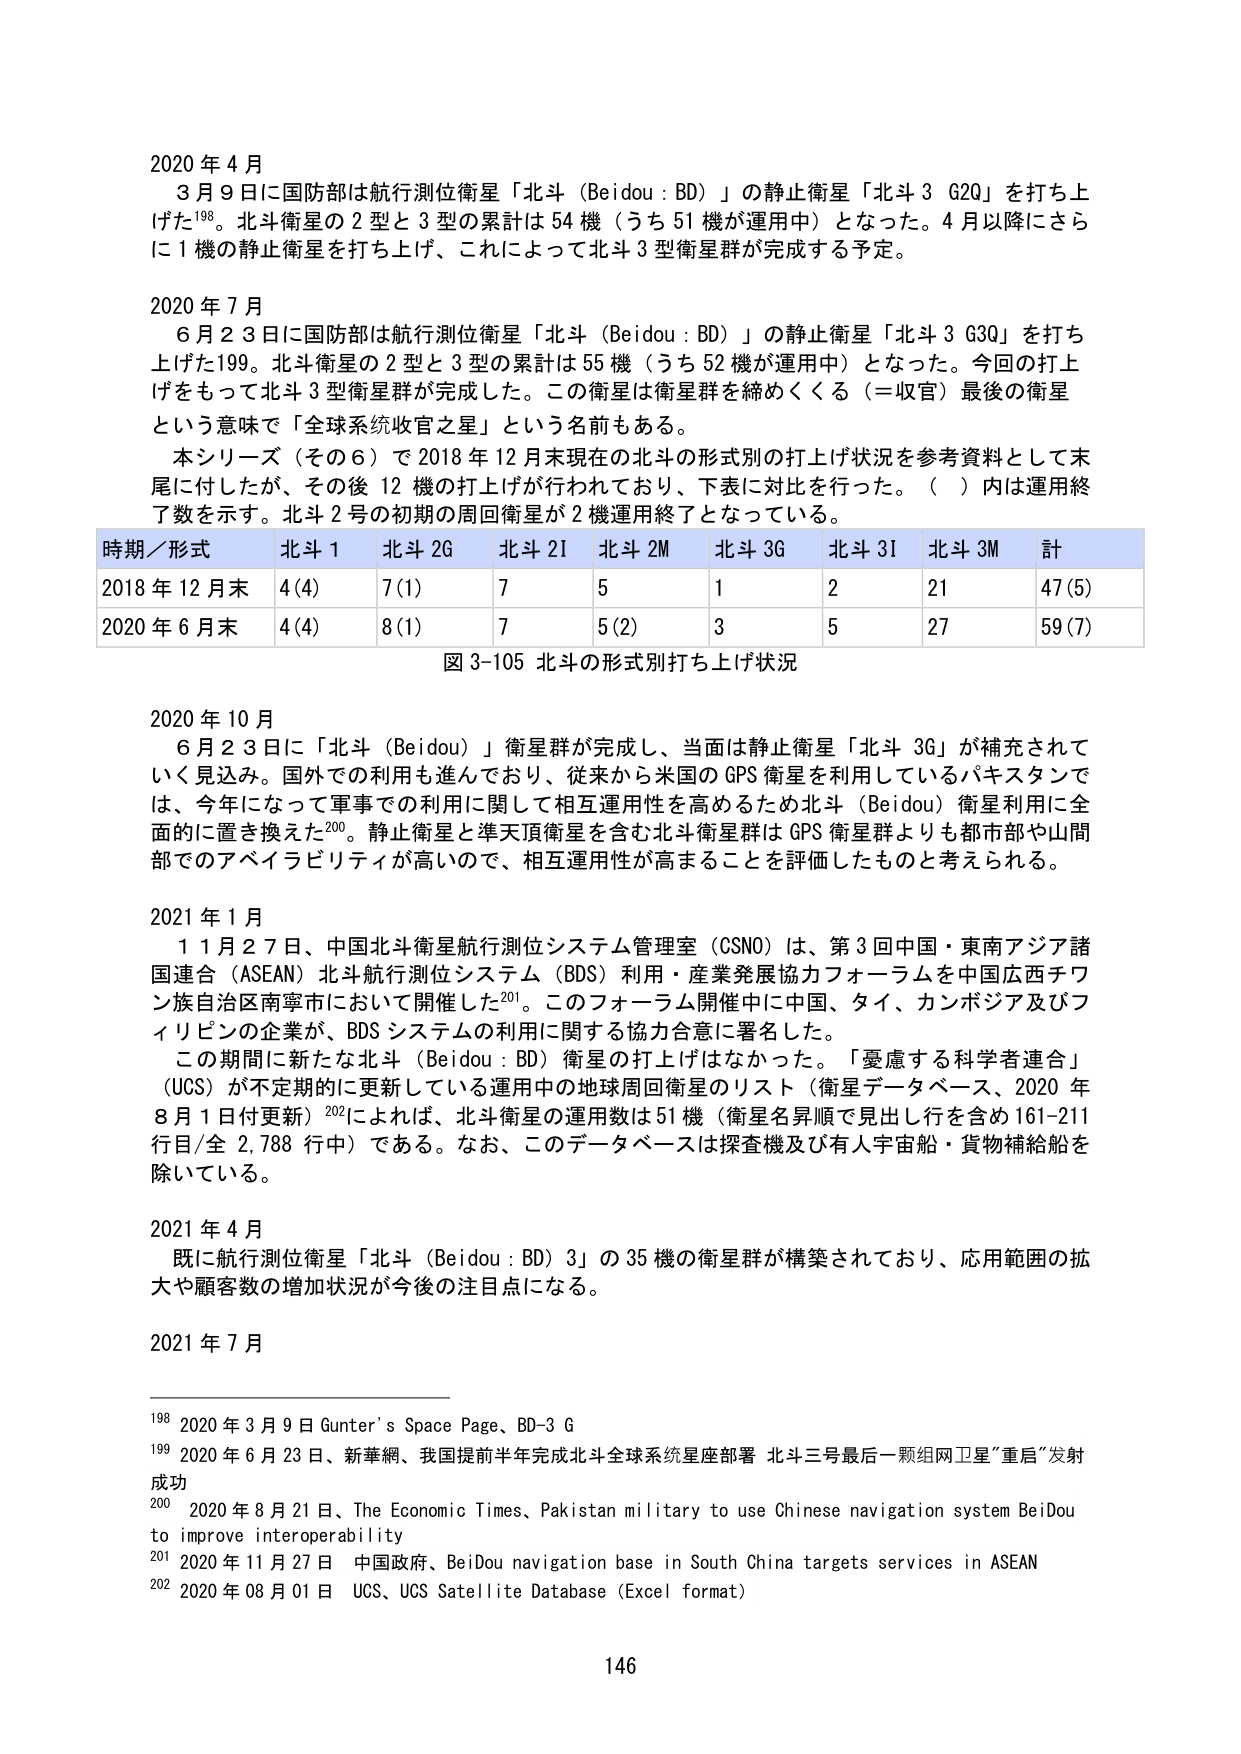
2020 年 4 月
3 月 9 日に国防部は航行測位衛星「北斗（Beidou : BD）」の静止衛星「北斗 3 G20」を打ち上げた198。北斗衛星の 2 型と 3 型の累計は 54 機（うち 51 機が運用中）となった。4 月以降にさらに 1 機の静止衛星を打ち上げ、これによって北斗 3 型衛星群が完成する予定。

2020 年 7 月
6 月 2 3 日に国防部は航行測位衛星「北斗（Beidou : BD）」の静止衛星「北斗 3 G30」を打ち上げた199。北斗衛星の 2 型と 3 型の累計は 55 機（うち 52 機が運用中）となった。今回の打ち上げをもって北斗 3 型衛星群が完成した。この衛星は衛星群を締めくくる（＝收官）最後の衛星という意味で「全球系統收官之星」という名前もある。
本シリーズ（その 6）で 2018 年 12 月末現在の北斗の形式別の打ち上げ状況を参考資料として末尾に付したが、その後 12 機の打ち上げが行われており、下表に対比を行った。（ ）内は運用終了数を示す。北斗 2 号の初期の周回衛星が 2 機運用終了となっている。

時期／形式　北斗 1　北斗 2G　北斗 2I　北斗 2M　北斗 3G　北斗 3I　北斗 3M　計
2018 年 12 月末　4(4)　7(1)　7　5　1　2　21　47(5)
2020 年 6 月末　4(4)　8(1)　7　5(2)　3　5　27　59(7)
図 3-105 北斗の形式別打ち上げ状況

2020 年 10 月
6 月 2 3 日に「北斗（Beidou）」衛星群が完成し、当面は静止衛星「北斗 3G」が補降されていく見込み。国外での利用も進んでおり、従来から米国の GPS 衛星を利用しているパキスタンでは、今年になって軍事での利用に関して相互運用性を高めるため北斗（Beidou）衛星利用に全面的に置き換えた200。静止衛星と準天頂衛星を含む北斗衛星群は GPS 衛星群よりも都市部や山間部でのアベイラビリティが高いので、相互運用性が高まることを評価したものと考えられる。

2021 年 1 月
1 1 月 2 7 日、中国北斗衛星航行測位システム管理室（CSNO）は、第 3 回中国・東南アジア諸国連合（ASEAN）北斗航行測位システム（BDS）利用・産業発展協力フォーラムを中国広西チワン族自治区南寧市において開催した201。このフォーラム開催中に中国、タイ、カンボジア及びフィリピンの企業が、BDS システムの利用に関する協力合意に署名した。
この期間に新たな北斗（Beidou : BD）衛星の打ち上げはなかった。「憂慮する科学者連合」（UCS）が不定期に更新している運用中の地球周回衛星のリスト（衛星データベース、2020 年 8 月 1 日付更新）202によれば、北斗衛星の運用数は 51 機（衛星名昇順で見出し行を含め 161-211 行目/全 2,788 行中）である。なお、このデータベースは探査機及び有人宇宙船・貨物補給船を除いている。

2021 年 4 月
既に航行測位衛星「北斗（Beidou : BD）3」の 35 機の衛星群が構築されており、応用範囲の拡大や顧客数の増加状況が今後の注目点になる。

2021 年 7 月

198 2020 年 3 月 9 日 Gunter’s Space Page、BD-3 G
199 2020 年 6 月 23 日、新華網、我国提前半年完成北斗全球系统星座部署 北斗三号最后一颗组网卫星“重启”发射成功
200 2020 年 8 月 21 日、The Economic Times、Pakistan military to use Chinese navigation system BeiDou to improve interoperability
201 2020 年 11 月 27 日 中国政府、BeiDou navigation base in South China targets services in ASEAN
202 2020 年 08 月 01 日 UCS、UCS Satellite Database (Excel format)

146